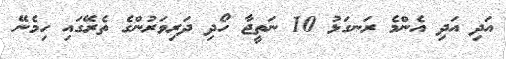
އަދި އަދި އެންމެ ރަނގަޅު 10 ނަތީޖާ ހޯދި ދަރިވަރުންގެ ތެރޭގައި ހިމެނޭ